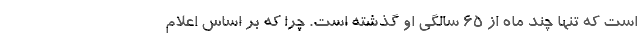
است که تنها چند ماه از ۶۵ سالگی او گذشته است. چرا که بر اساس اعلام